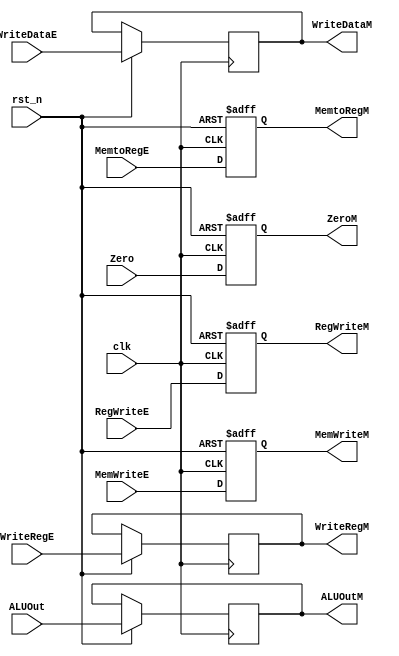
/*

	File name    : EX_MEM_Register
	LastEditors  : H
	LastEditTime : 2021-11-03 21:09:08
	Last Version : 1.0
	Description  : Pipeline Stage Register : EX/MEM
	
	----------------------------------------------------------------------------------------
	
	Author       : H
	Date         : 2021-11-03 21:09:07
	FilePath     : \MIPS_Pipeline\EX_MEM_Register.v
	Copyright 2021 H, All Rights Reserved. 

*/
module EX_MEM_Register(
    // System Clock
    input        clk,                   // clock
    input        rst_n,                 // reset

    // User Interface
    input       [31:0]  ALUOut,         // input is 32 bits
    input       [31:0]  WriteDataE,     // input is 32 bits
    input       [4:0]   WriteRegE,      // input is 5 bits    
    input               Zero,

    output  reg [31:0]  ALUOutM,        // output is 32 bits
    output  reg [31:0]  WriteDataM,     // output is 32 bits
    output  reg [4:0]   WriteRegM,      // output is 5 bits
    output  reg         ZeroM,

    // Control Unit Input
    input               RegWriteE,
    input               MemtoRegE,
    input               MemWriteE,

    // WB Signal
    output  reg         RegWriteM,
    output  reg         MemtoRegM,

    // MEM Signal
    output  reg         MemWriteM
);
/*******************************************************************************
 *                                 Main Code
*******************************************************************************/
    
    //seperating the execute and memory stages
    always @(posedge clk or negedge rst_n ) begin
        if(!rst_n)begin
            ZeroM       <= 1'b0;
            RegWriteM   <= 1'b0;
            MemtoRegM   <= 1'b0;
            MemWriteM   <= 1'b0;
        end
        else begin
            // 97 bits 
            ALUOutM     <= ALUOut; //combining two to be outputted together
            WriteDataM  <= WriteDataE; //combining two to be outputted together
            WriteRegM   <= WriteRegE; //combining two to be outputted together
            ZeroM       <= Zero; //combining two to be outputted together

            // Control Unit Signal
            RegWriteM   <= RegWriteE; //combining two to be outputted together
            MemtoRegM   <= MemtoRegE; //combining two to be outputted together 
            MemWriteM   <= MemWriteE; //combining two to be outputted together
        end
    end

endmodule